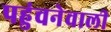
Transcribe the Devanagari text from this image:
पहुंचनेवाली